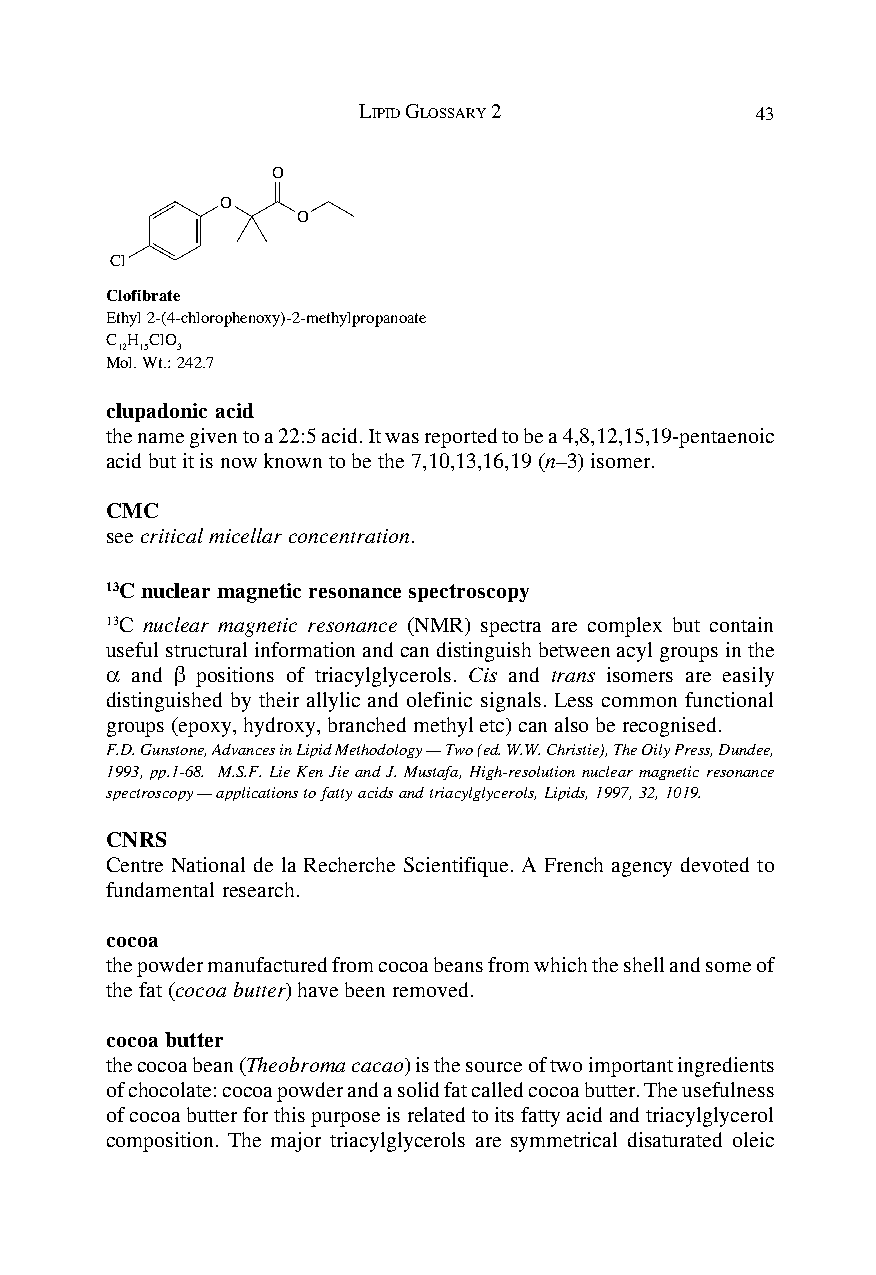
LIPID GLOSSARY 2          43
 O
 O
 O
 Cl
 Clofibrate
 Ethyl 2-(4-chlorophenoxy)-2-methylpropanoate
 C H ClO
 12 15 3
 Mol. Wt.: 242.7
 clupadonic acid
 the name given to a 22:5 acid. It was reported to be a 4,8,12,15,19-pentaenoic
 acid but it is now known to be the 7,10,13,16,19 (n–3) isomer.
 CMC
 see critical micellar concentration.
 13C nuclear magnetic resonance spectroscopy
 13C nuclear magnetic resonance (NMR) spectra are complex but contain
 useful structural information and can distinguish between acyl groups in the
 α and β positions of triacylglycerols. Cis and trans isomers are easily
 distinguished by their allylic and olefinic signals. Less common functional
 groups (epoxy, hydroxy, branched methyl etc) can also be recognised.
 F.D. Gunstone, Advances in Lipid Methodology — Two (ed. W.W. Christie), The Oily Press, Dundee,
 1993, pp.1-68. M.S.F. Lie Ken Jie and J. Mustafa, High-resolution nuclear magnetic resonance
 spectroscopy — applications to fatty acids and triacylglycerols, Lipids, 1997, 32, 1019.
 CNRS
 Centre National de la Recherche Scientifique. A French agency devoted to
 fundamental research.
 cocoa
 the powder manufactured from cocoa beans from which the shell and some of
 the fat (cocoa butter) have been removed.
 cocoa butter
 the cocoa bean (Theobroma cacao) is the source of two important ingredients
 of chocolate: cocoa powder and a solid fat called cocoa butter. The usefulness
 of cocoa butter for this purpose is related to its fatty acid and triacylglycerol
 composition. The major triacylglycerols are symmetrical disaturated oleic